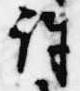
許